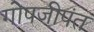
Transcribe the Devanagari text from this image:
गोपजीपंत